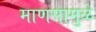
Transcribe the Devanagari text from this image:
माणसामुळे